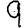
Digit: 9